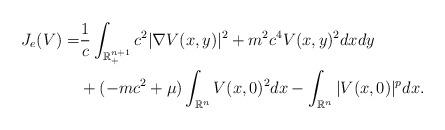
LaTeX: \begin{align*}J_e(V) =& \frac{1}{c}\int_{\mathbb{R}^{n+1}_{+}}c^2 |\nabla V (x,y)|^2 + m^2 c^4 V(x,y)^2 dx dy\\&+ (-mc^2 + \mu) \int_{\mathbb{R}^n} V(x,0)^2 dx - \int_{\mathbb{R}^n} |V(x,0)|^p dx.\end{align*}